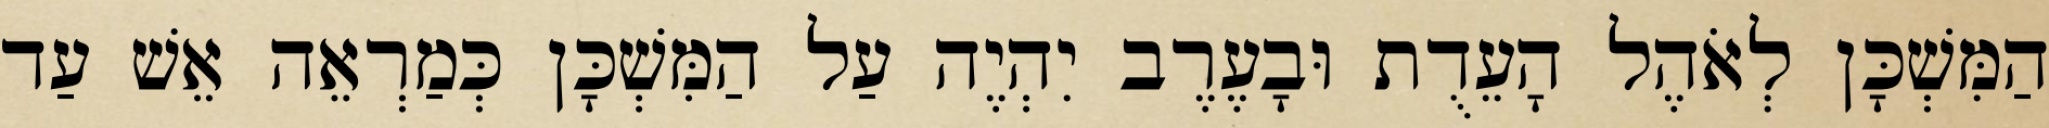
הַמִּשְׁכָּן לְאֹהֶל הָעֵדֻת וּבָעֶרֶב יִהְיֶה עַל הַמִּשְׁכָּן כְּמַרְאֵה אֵשׁ עַד